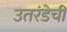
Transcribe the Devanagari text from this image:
उतरंडेची